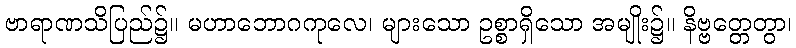
ဗာရာဏသိပြည်၌။ မဟာဘောဂကုလေ၊ များသော ဥစ္စာရှိသော အမျိုး၌။ နိဗ္ဗတ္တေတွာ၊